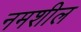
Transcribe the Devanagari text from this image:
नमशील